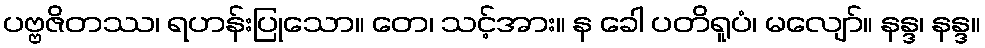
ပဗ္ဗဇိတဿ၊ ရဟန်းပြုသော။ တေ၊ သင့်အား။ န ခေါ ပတိရူပံ၊ မလျော်။ နန္ဒ၊ နန္ဒ။